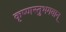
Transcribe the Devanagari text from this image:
कृष्णस्तुभगवान्